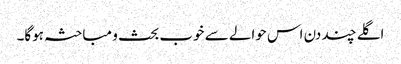
اگلے چند دن اس حوالے سے خوب بحث و مباحثہ ہوگا۔